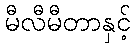
မီလီမီတာနှင့်